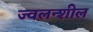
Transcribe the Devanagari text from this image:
ज्वलन्शील